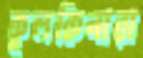
কূলকিনারা